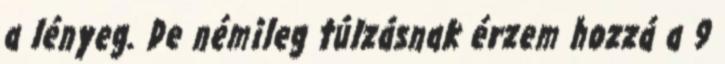
a lényeg. De némileg túlzásnak érzem hozzá a 9